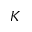
\cal { K }